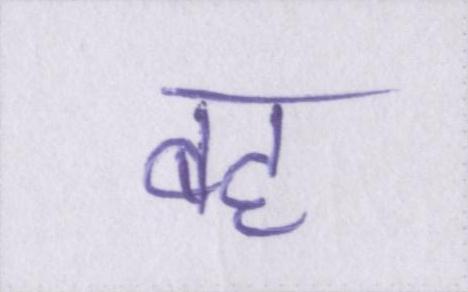
बह